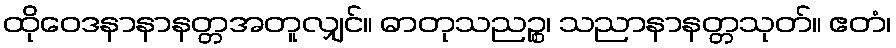
ထိုဝေဒနာနာနတ္တအတူလျှင်။ ဓာတုသညဉ္စ၊ သညာနာနတ္တသုတ်။ ဧတံ၊